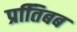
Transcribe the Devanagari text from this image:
प्रतििबब